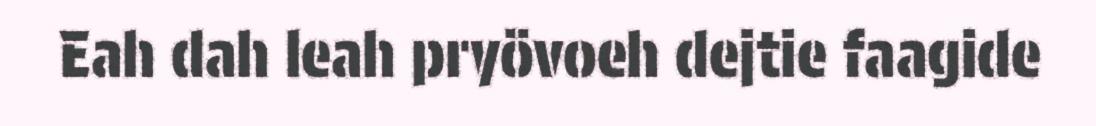
Eah dah leah pryövoeh dejtie faagide